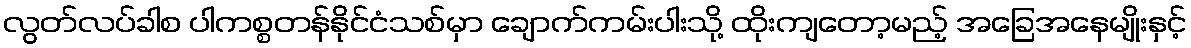
လွတ်လပ်ခါစ ပါကစ္စတန်နိုင်ငံသစ်မှာ ချောက်ကမ်းပါးသို့ ထိုးကျတော့မည့် အခြေအနေမျိုးနှင့်